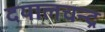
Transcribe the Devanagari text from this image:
दयालचन्द्र